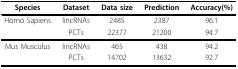
<table><thead><tr><td><b>Species</b></td><td><b>Dataset</b></td><td><b>Data size</b></td><td><b>Prediction</b></td><td><b>Accuracy(%)</b></td></tr></thead><tbody><tr><td>Homo Sapiens</td><td>lincRNAs</td><td>2485</td><td>2387</td><td>96.1</td></tr><tr><td></td><td>PCTs</td><td>22377</td><td>21200</td><td>94.7</td></tr><tr><td>Mus Musculus</td><td>lincRNAs</td><td>465</td><td>438</td><td>94.2</td></tr><tr><td></td><td>PCTs</td><td>14702</td><td>13632</td><td>92.7</td></tr></tbody></table>